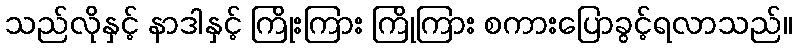
သည်လိုနှင့် နာဒါနှင့် ကြိုးကြား ကြိုကြား စကားပြောခွင့်ရလာသည်။